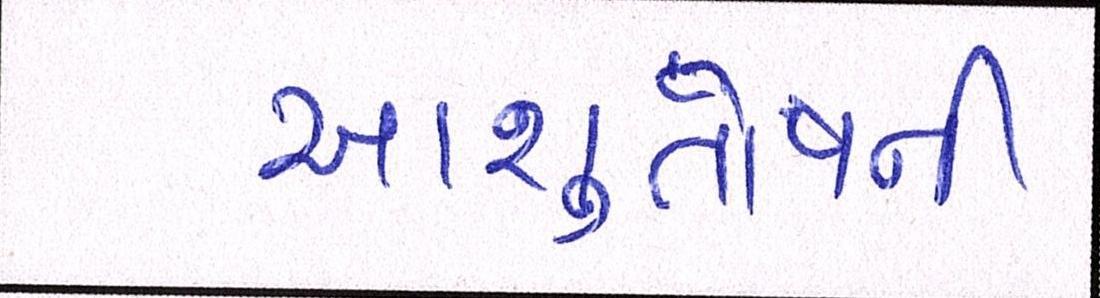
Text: આશુતોષની